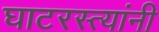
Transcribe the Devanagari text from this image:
घाटरस्त्यांनी